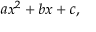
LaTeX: a x ^ { 2 } + b x + c , \,